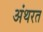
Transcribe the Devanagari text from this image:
अंथरत